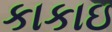
કાકાઇ